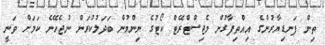
ތިން ފަނޑިޔާރުންގެ އިއްތިފާގުން މެޖިސްޓްރޭޓް ކޯޓުގެ ނިންމުން ބަދަލުކުރަން ނުޖެހޭނެ ކަމަށް ވަނީ